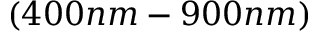
( 4 0 0 n m - 9 0 0 n m )